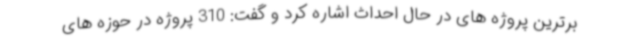
برترین پروژه های در حال احداث اشاره کرد و گفت: 310 پروژه در حوزه های